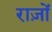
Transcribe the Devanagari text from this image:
राज़ों